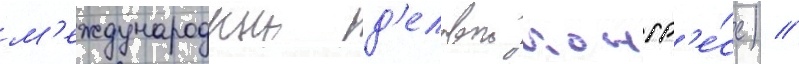
м'еждународныи д'еловои конгр'е́сс) //